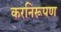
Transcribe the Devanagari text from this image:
करनिरूपण